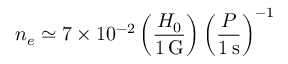
n _ { e } \simeq 7 \times 1 0 ^ { - 2 } \left( \frac { H _ { 0 } } { 1 \, \mathrm { G } } \right) \left( \frac { P } { 1 \, \mathrm { s } } \right) ^ { - 1 }